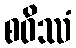
စဝိဿံ